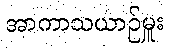
အာကာသယာဉ်မှူး